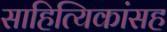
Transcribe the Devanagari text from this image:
साहित्यिकांसह